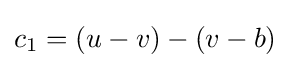
c_{1}=(u-v)-(v-b)